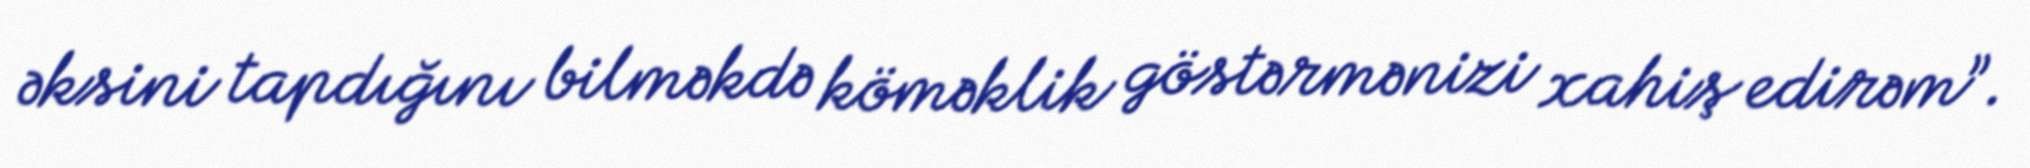
əksini tapdığını bilməkdə köməklik göstərmənizi xahiş edirəm”.